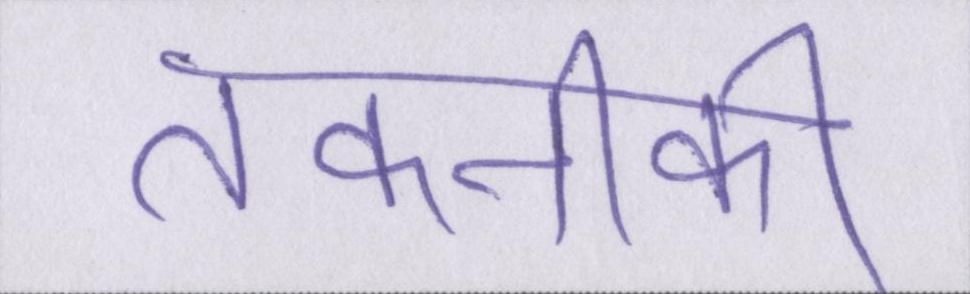
तकनीकी